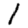
Digit: 1